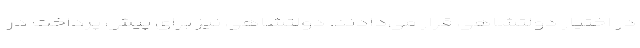
در اختیار دولتشاهی قرار می‌دادند. دولتشاهی نیز برای پیش پرداخت در